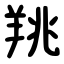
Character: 䍮